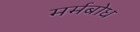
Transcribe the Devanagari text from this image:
मर्मबोध